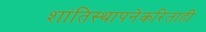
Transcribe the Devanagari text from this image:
शांतिस्थापनेकरिताही